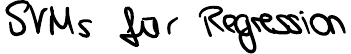
SVMs für Regression